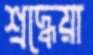
শ্রদ্ধেয়া